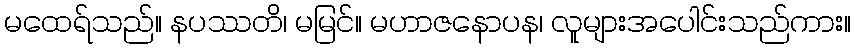
မထေရ်သည်။ နပဿတိ၊ မမြင်။ မဟာဇနောပန၊ လူများအပေါင်းသည်ကား။